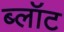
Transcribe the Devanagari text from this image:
ब्‍लॉट